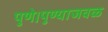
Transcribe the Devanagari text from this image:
पुणे।पुण्याजवळ